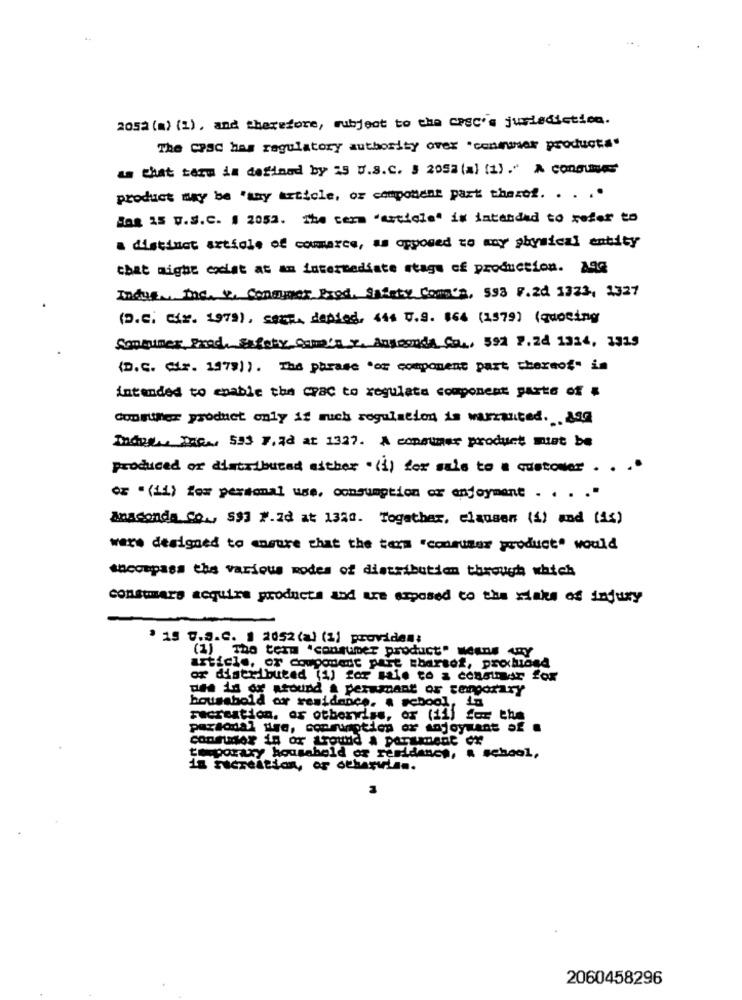
2052 (a) (1) , and therefore, subject to the cpsc's jurisdiction.
The Cpsc has regulatory authority over "consumer products'
as cist term is defined by :5 D.s.c. # 2052 (a) (1)." A consum
product may be "may article, or component park theres. . . ..
Has IS V.S.C. | 2053. The cars "article" is intended to refer to
a distinct article of commerce, as opposed to any physical entity
that might cocat at an intermediate stage of production. 198
Indus ., Toc. V, Consumer Exed, Safety Commea, 593 F.2d 1323, 1327
(D.c. civ. 1979), sacra depied. 444 U.S. 164 (1579) (quoting
Someiner Proc. Safety Camera x. Augooda Co ., 592 7.28 1334, 3919
(D.C. dr. 1979)). The phrase "of component part thereof" in
intended to enable the CPac to regulate component parte of #
doustifer product only if ruch regulation is warranted ... asg
Indus ., DIE ., 553 7.78 at 1327. A consumer product must be
produced or distribucad either . (i) for sale to a customer . . ..
os "(ii) for personal use, consumption of enjoyment . . . . "
Anaconda Co ., 593 7.28 at 1320. Together, clausen (1) and (15)
were designed to ensure that the term "consumer product" would
encompass the various modes of distribution through which
consumare acquire products and are exposed to the sake of injury
· 19 0.9.C. 1 2052 (a) (1) provides:
(1) The team "consumer product" means any
article, or couponede pare charset, prochibed
or distributed (1) for sale to a consumer fox
dee is or around & perimant or temporary
household or residence, a school, in
recreation, or otherviss, or (ii) for the
periodal dire, consumption or enjoywant of .
consumer in or Lround a parament ex
temporary household of reridance, a school,
in ricreation, or othervia ..
2060458296